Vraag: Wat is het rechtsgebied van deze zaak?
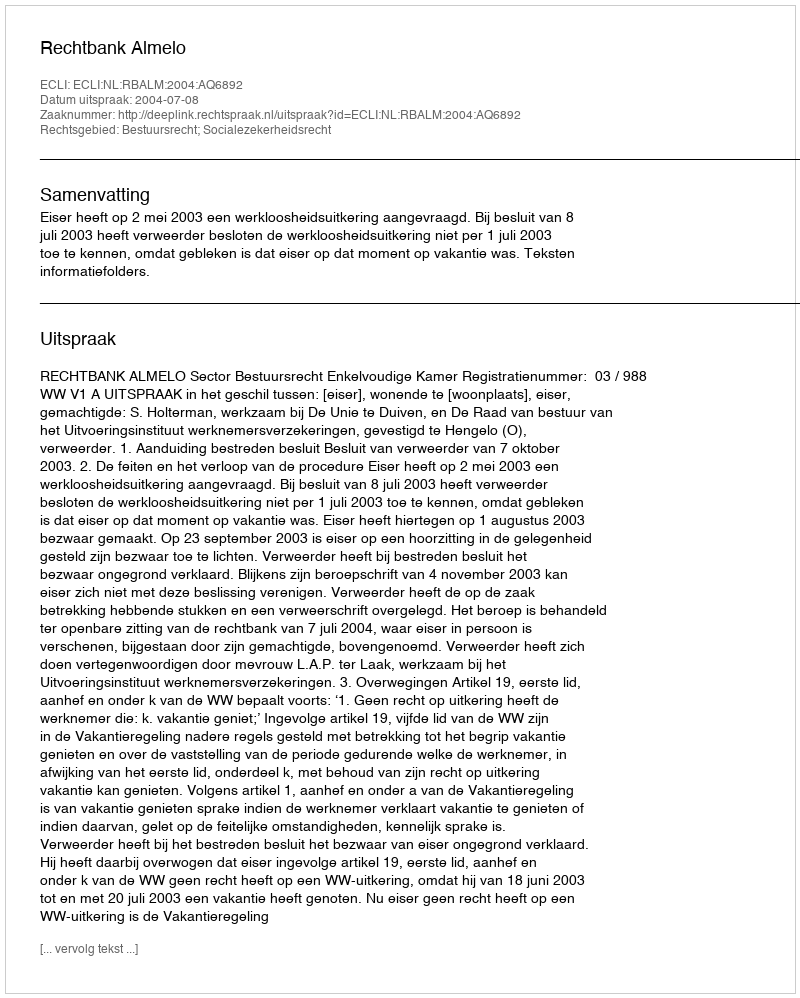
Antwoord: Bestuursrecht; Socialezekerheidsrecht